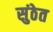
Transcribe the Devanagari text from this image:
सुंठेत